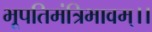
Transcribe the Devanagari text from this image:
भूपतिमंत्रिभावम्।।